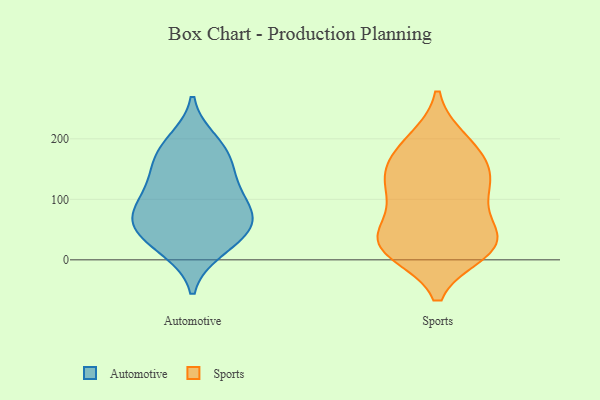
{"axis": {"x": "Temperature (°C)", "y": "Value"}, "legend": ["Automotive", "Sports"], "data": [{"x": "", "y": 49, "type": "Automotive"}, {"x": "", "y": 168, "type": "Automotive"}, {"x": "", "y": 71, "type": "Automotive"}, {"x": "", "y": 179, "type": "Automotive"}, {"x": "", "y": 195, "type": "Automotive"}, {"x": "", "y": 142, "type": "Automotive"}, {"x": "", "y": 120, "type": "Automotive"}, {"x": "", "y": 106, "type": "Automotive"}, {"x": "", "y": 64, "type": "Automotive"}, {"x": "", "y": 82, "type": "Automotive"}, {"x": "", "y": 60, "type": "Automotive"}, {"x": "", "y": 26, "type": "Automotive"}, {"x": "", "y": 18, "type": "Automotive"}, {"x": "", "y": 111, "type": "Sports"}, {"x": "", "y": 197, "type": "Sports"}, {"x": "", "y": 33, "type": "Sports"}, {"x": "", "y": 64, "type": "Sports"}, {"x": "", "y": 28, "type": "Sports"}, {"x": "", "y": 16, "type": "Sports"}, {"x": "", "y": 149, "type": "Sports"}, {"x": "", "y": 13, "type": "Sports"}, {"x": "", "y": 20, "type": "Sports"}, {"x": "", "y": 198, "type": "Sports"}, {"x": "", "y": 111, "type": "Sports"}, {"x": "", "y": 23, "type": "Sports"}, {"x": "", "y": 107, "type": "Sports"}, {"x": "", "y": 141, "type": "Sports"}, {"x": "", "y": 152, "type": "Sports"}, {"x": "", "y": 170, "type": "Sports"}, {"x": "", "y": 46, "type": "Sports"}]}